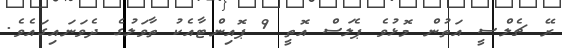
ރޭ ޗެލްސީ އަތުން މޮޅުވެ ޕެލަސް އޮތީ 9 ޕޮއިންޓާއެކު ތާވަލުގެ ދެވަނައިގައެވެ.